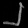
Digit: ၂